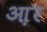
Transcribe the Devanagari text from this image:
आ़र